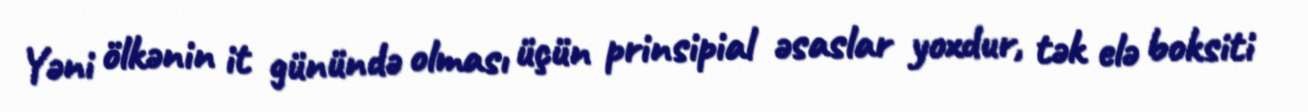
Yəni ölkənin it günündə olması üçün prinsipial əsaslar yoxdur, tək elə boksiti